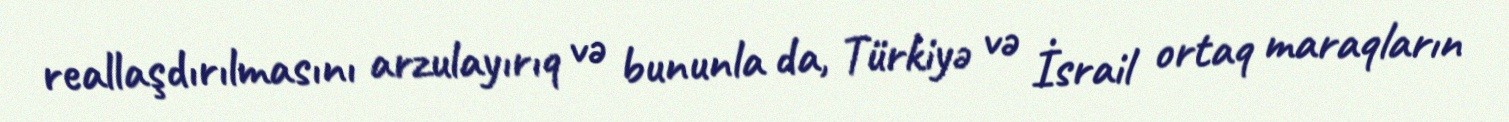
reallaşdırılmasını arzulayırıq və bununla da, Türkiyə və İsrail ortaq maraqların